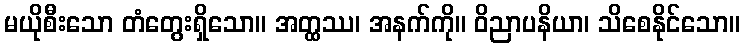
မယိုစီးသော တံတွေးရှိသော။ အတ္ထဿ၊ အနက်ကို။ ဝိညာပနိယာ၊ သိစေနိုင်သော။